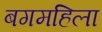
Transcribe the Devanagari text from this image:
बगमहिला